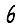
Digit: 6